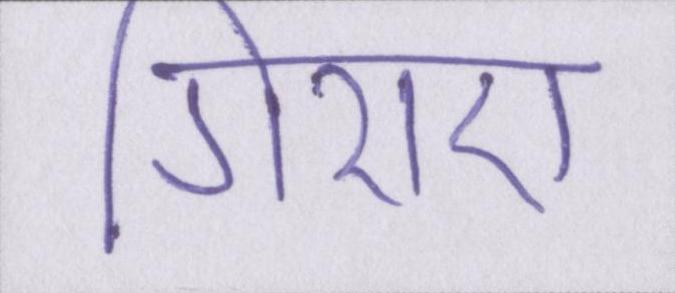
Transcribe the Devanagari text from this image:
गिराए